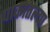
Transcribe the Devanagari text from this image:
पाकातल्या